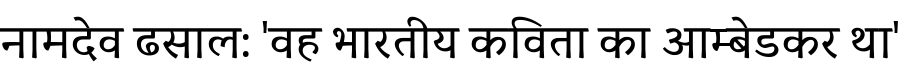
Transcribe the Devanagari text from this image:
नामदेव ढसाल: 'वह भारतीय कविता का आम्बेडकर था'